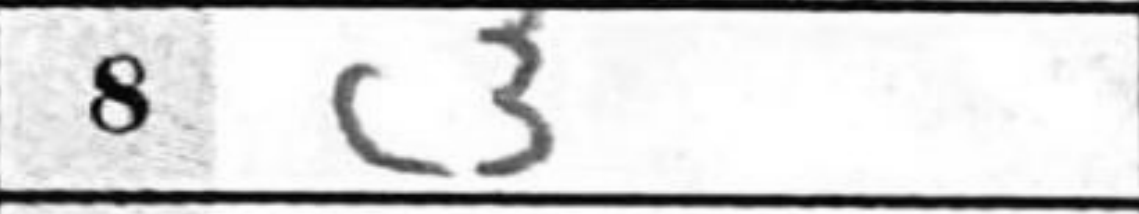
Transcription: c3